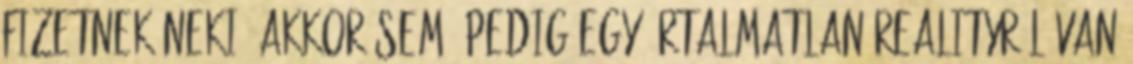
fizetnek neki, akkor sem. Pedig egy ártalmatlan realityről van